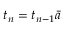
t _ { n } = t _ { n - 1 } \bar { a }